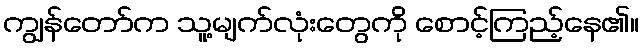
ကျွန်တော်က သူ့မျက်လုံးတွေကို စောင့်ကြည့်နေ၏။